Code of medical and sanitary regulations for the guidance of medical officers serving in the Madras Presidency - Volume II
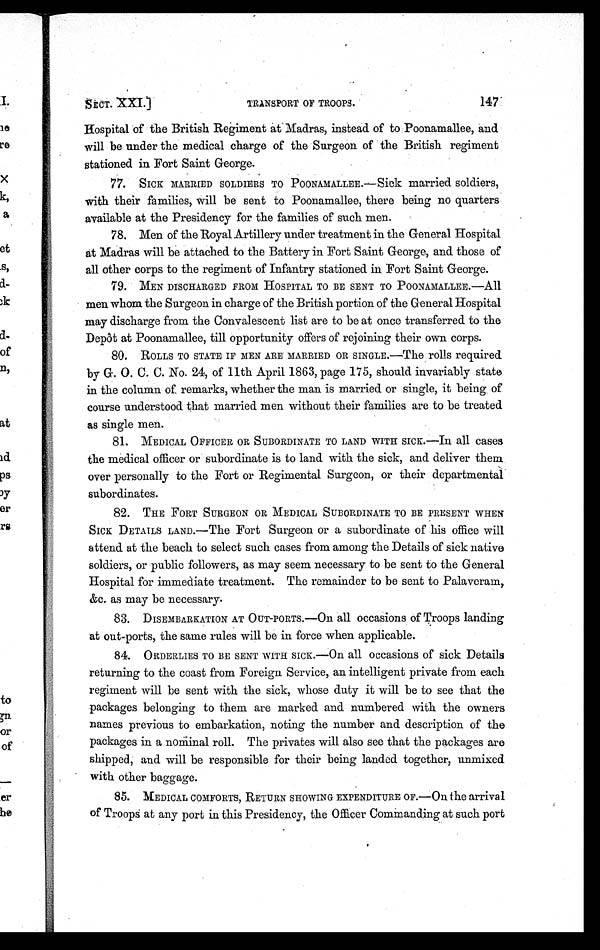
147
SECT. XXI.]
TRANSPORT OF TROOPS.
Hospital of the British Regiment at Madras, instead of to Poonamallee, and
will be under the medical charge of the Surgeon of the British regiment
stationed in Fort Saint George.
77. SICK MARRIED SOLDIERS TO POONAMALLEE.—Sick married soldiers,
with their families, will be sent to Poonamallee, there being no quarters
available at the Presidency for the families of such men.
78. Men of the Royal Artillery under treatment in the General Hospital
at Madras will be attached to the Battery in Fort Saint George, and those of
all other corps to the regiment of Infantry stationed in Fort Saint George.
79. MEN DISCHARGED FROM HOSPITAL TO BE SENT TO POONAMALLEE.—All
men whom the Surgeon in charge of the British portion of the General Hospital
may discharge from the Convalescent list are to be at once transferred to the
Depôt at Poonamallee, till opportunity offers of rejoining their own corps.
80. ROLLS TO STATE IF MEN ARE MARRIED OR SINGLE.—The rolls required
by G. O. C. C. No. 24, of 11th April 1863, page 175, should invariably state
in the column of, remarks, whether the man is married or single, it being of
course understood that married men without their families are to be treated
as single men.
81. MEDICAL OFFICER OR SUBORDINATE TO LAND WITH SICK.—In all cases
the medical officer or subordinate is to land with the sick, and deliver them
over personally to the Fort or Regimental Surgeon, or their departmental
subordinates.
82. THE FORT SURGEON OR MEDICAL SUBORDINATE TO BE PRESENT WHEN
SICK DETAILS LAND.—The Fort Surgeon or a subordinate of his office will
attend at the beach to select such cases from among the Details of sick native
soldiers, or public followers, as may seem necessary to be sent to the General
Hospital for immediate treatment. The remainder to be sent to Palaveram,
&c. as may be necessary.
83. DISEMBARKATION AT OUT-PORTS.—On all occasions of Troops landing
at out-ports, the same rules will be in force when applicable.
84. ORDERLIES TO BE SENT WITH SICK.—On all occasions of sick Details
returning to the coast from Foreign Service, an intelligent private from each
regiment will be sent with the sick, whose duty it will be to see that the
packages belonging to them are marked and numbered with the owners
names previous to embarkation, noting the number and description of the
packages in a nominal roll. The privates will also see that the packages are
shipped, and will be responsible for their being landed together, unmixed
with other baggage.
85. MEDICAL COMFORTS, RETURN SHOWING EXPENDITURE OF.—On the arrival
of Troops at any port in this Presidency, the Officer Commanding at such port